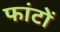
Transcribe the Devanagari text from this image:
फांटों